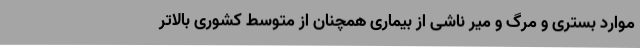
موارد بستری و مرگ و میر ناشی از بیماری همچنان از متوسط کشوری بالاتر